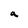
Character: a